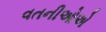
વતનીઓએ